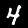
Label: 4